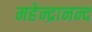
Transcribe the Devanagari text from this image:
महेन्द्रानन्द